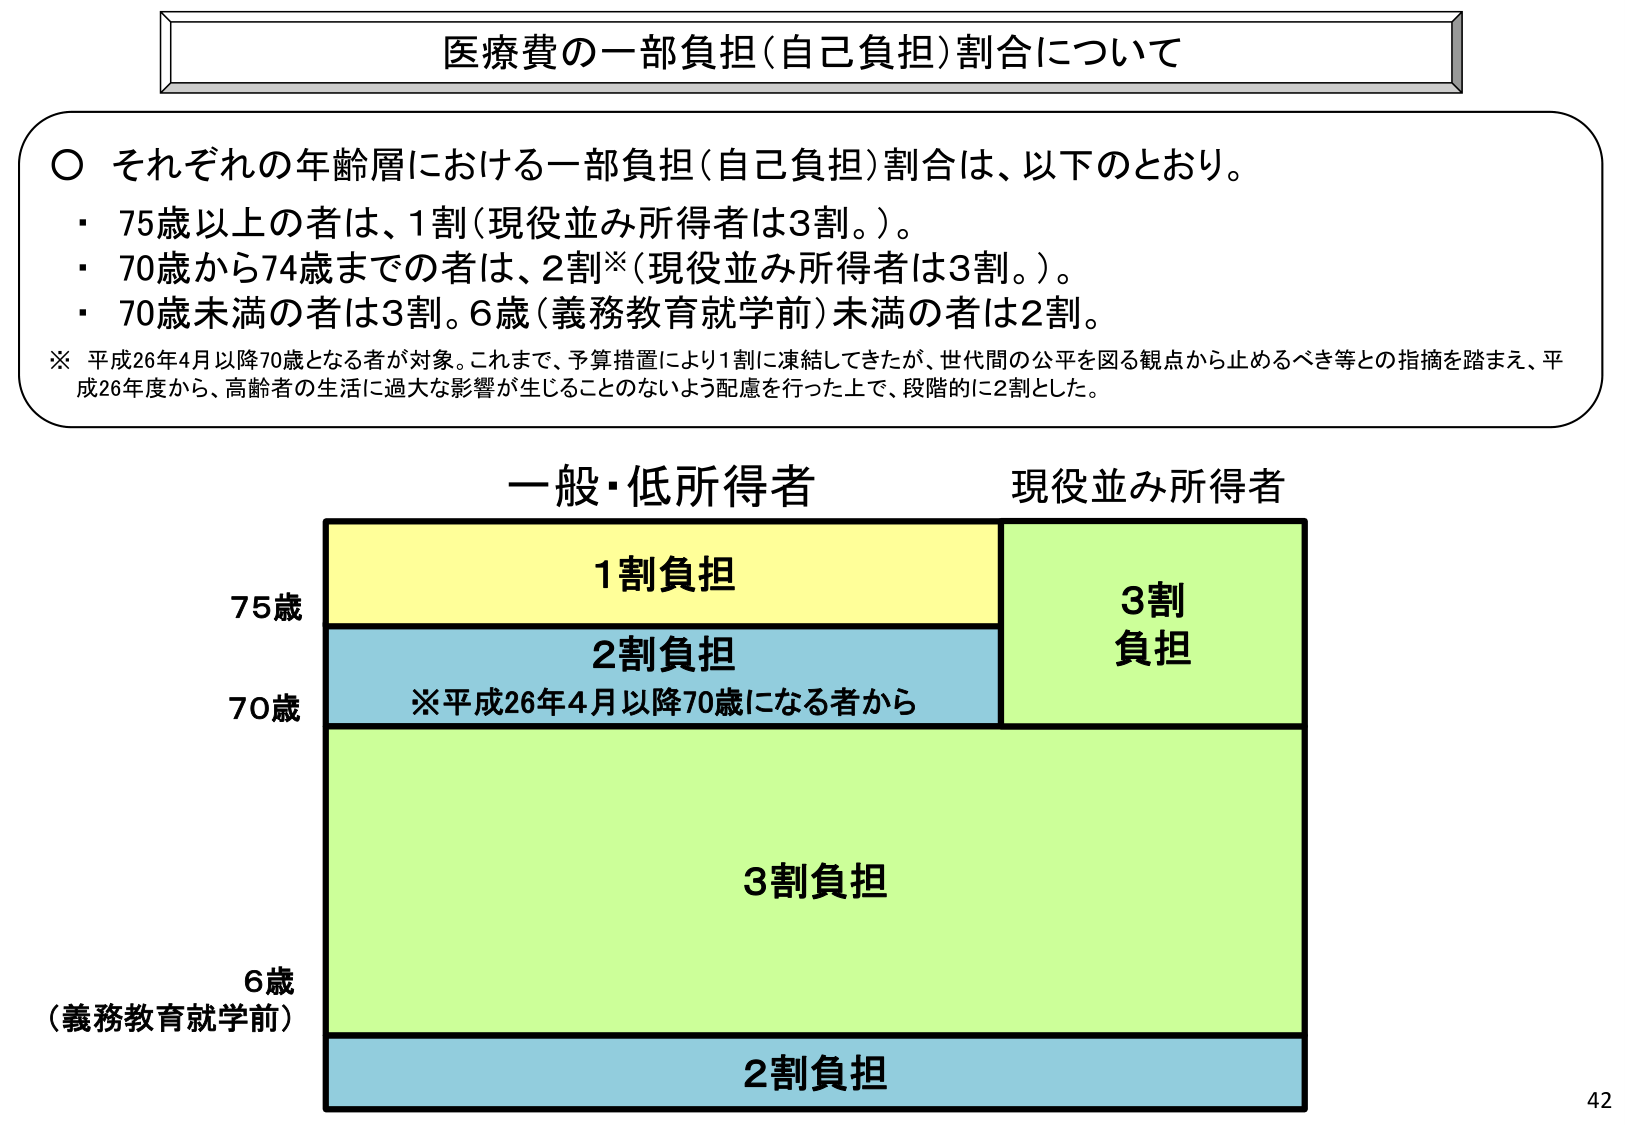
医療費の一部負担（自己負担）割合について

○ それぞれの年齢層における一部負担（自己負担）割合は、以下のとおり。
・ 75歳以上の者は、1割（現役並み所得者は3割。）。
・ 70歳から74歳までの者は、2割※（現役並み所得者は3割。）。
・ 70歳未満の者は3割。6歳（義務教育就学前）未満の者は2割。

※ 平成26年4月以降70歳となる者が対象。これまで、予算措置により1割に連結してきたが、世代間の公平を図る観点から止めるべき等との指摘を踏まえ、平成26年度から、高齢者の生活に過大な影響が生じることのないよう配慮を行った上で、段階的に2割とした。

一般・低所得者　　　　　　現役並み所得者

75歳　　　　　　1割負担　　　　　　　　　　3割負担
70歳　　　　　　2割負担
　　　　　　　　※平成26年4月以降70歳になる者から
6歳
（義務教育就学前）　　　　　　　　　　　　　　3割負担
　　　　　　　　　　　　　　　　　　　　　　　　2割負担

42